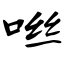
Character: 咝